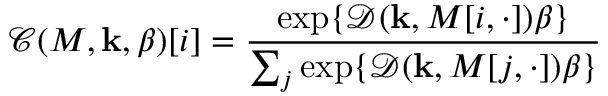
{ \mathcal { C } } ( M , \mathbf { k } , \beta ) [ i ] = { \frac { \exp \{ { \mathcal { D } } ( \mathbf { k } , M [ i , \cdot ] ) \beta \} } { \sum _ { j } \exp \{ { \mathcal { D } } ( \mathbf { k } , M [ j , \cdot ] ) \beta \} } }